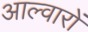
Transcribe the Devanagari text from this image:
आल्वारों